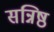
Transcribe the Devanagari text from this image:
सन्निष्ठ